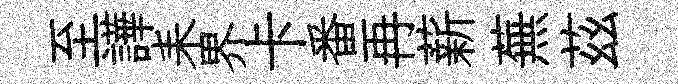
至譁耒界卡番再薪蕪茲